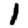
Digit: 1